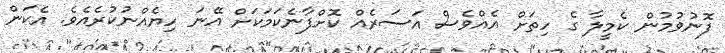
ފޮނުވުމުން ކެމީލާ ގެ ހިތަށް އެއްވެސް އަސަރެއް ކޮށްފާނެކަމަކަށް އޭނަ ހިޔެއްނުކުރެއެވެ. އެކަން